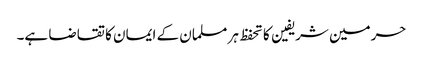
حرمین شریفین کا تحفظ ہر مسلمان کے ایمان کا تقاضا ہے۔